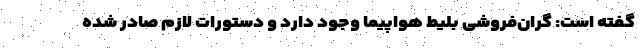
گفته است: گران‌فروشی بلیط هواپیما وجود دارد و دستورات لازم صادر شده